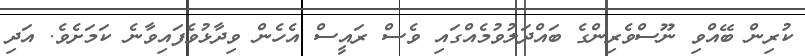
ކުރިން ބޭއްވި ނޫސްވެރިންގެ ބައްދަލުވުމެއްގައި ވެސް ރައީސް އެހެން ވިދާޅުވެފައިވާނެ ކަމަށެވެ. އަދި